Report of the Indian Hemp Drugs Commission, 1894-1895 - Volume III
Year: 1894
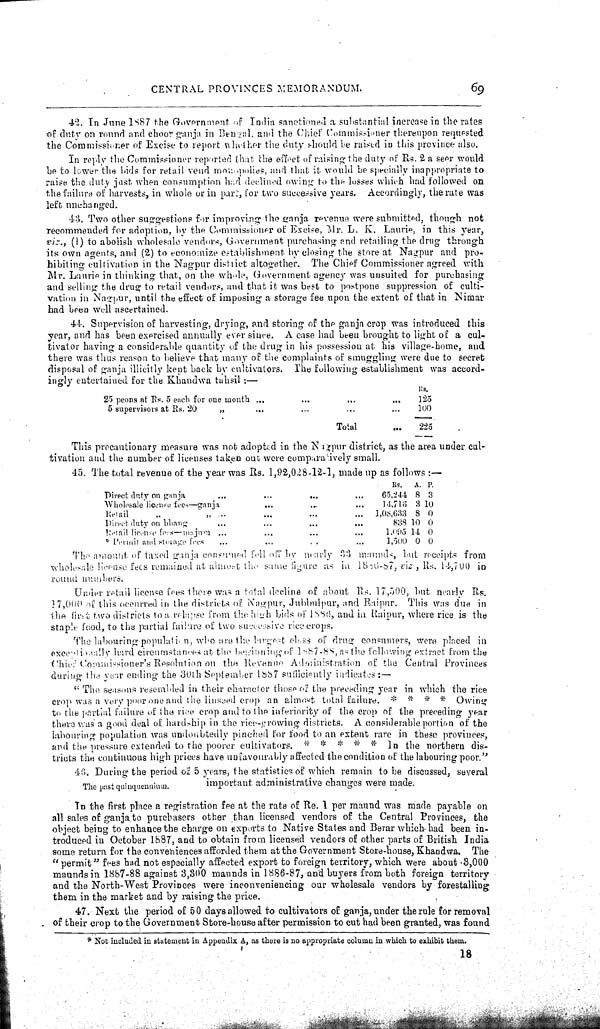
CENTRAL PROVINCES MEMORANDUM.
69
42. In June 1887 the Government of India sanctioned a substantial increase in the rates
of duty on round and choor ganja in Bengal, and the Chief Commissioner thereupon requested
the Commissioner of Excise to report whether the duty should be raised in this province also.
In reply the Commissioner reported that the effect of raising the duty of Rs. 2 a seer would
be to lower the bids for retail veud monopolies, and that it would be specially inappropriate to
raise the duty just when consumption had declined owing to the losses which had followed on
the failure of harvests, in whole or in pars, for two successive years. Accordingly, the rate was
left unchanged.
43. Two other suggestions for improving the ganja revenue were submitted, though not
recommended for adoption, by the Commissioner of Excise, Mr. L. K. Laurie, in this year,
viz., (1) to abolish wholesale vendors, Government purchasing and retailing the drug through
its own agents, and (2) to economize establishment by closing the store at Nagpur and pro-
hibiting cultivation in the Nagpur district altogether. The Chief Commissioner agreed with
Mr. Laurie in thinking that, on the whole, Government agency was unsuited for purchasing
and selling the drug to retail vendors, and that it was best to postpone suppression of culti-
vation in Nagpur, until the effect of imposing a storage fee upon the extent of that in Nimar
had been well ascertained.
44. Supervision of harvesting, drying, and storing of the ganja crop was introduced this
year, and has been exercised annually ever since. A case had been brought to light of a cul-
tivator having a considerable quantity of the drug in his possession at his village-home, and
there was thus reason to believe that many of the complaints of smuggling were due to secret
disposal of ganja illicitly kept back by cultivators. The following establishment was accord-
ingly entertained for the Khandwa tahsil:—
Rs.
25 peons at Rs. 5 each for one month
125
5 supervisors at Rs. 20
"
100
Total
225
This precautionary measure was not adopted in the Nagpur district, as the area under cul-
tivation and the number of licenses taken out were comparatively small.
45. The total revenue of the year was Rs. 1,92,028-12-1, made up as follows:—
Rs. A. P.
Direct duty on ganja
65,244 8 3
Whol esal e license fees—ganja
14,716 3 10
Retail
"
"
1,08,633 8 0
Direct duty on bhang
838 10 0
Retain license fees—majura
1,095 14 0
* Permit and storage fees
1,500 0 0
The amount, of taxed ganja consurmed tell off by nearly 33 maunds, but receipts from
wholesale licensa fees remained at almost the same figure as in. 1886-87, viz., Rs. 14,700 in
round numbers.
Under retail license fees there was a total decline of about Rs. 17,500, but nearly Rs.
17,000 of this occurred in the districts of Nagpur, Jubbulpur, and Raipur. This was due in
the first two districts to a relapse from the high bids of 1886, and in Raipur, where rice is the
staple food, to the partial failure of two successive rice crops.
The labouring populati- n, who are the Target class of drug consumers, were placed in
exceptionally hard circumstances at the beginning of 1887-88 as the following extract, from the
Chief Commissioner's Resolution on the Revenne Administration of the Central Provinces
during the year ending the 30th September 1887 sufficiently indicates:—
"The seasons resembled in their character those of the preceding year in which the rice
crop was a very poor one and the linseed crop an almost tolal failure. * * * * Owing
to the partial failure of the rice crop and to the inferiority of the crop of the preceding year
there was a good deal of hardship in the rice-growing districts. A considerable portion of the
labouring population was undoubtedly pinched for food to an extent rare in these provinces,
and the pressure extended to the poorer cultivators. * * * * * In the northern dis-
tricts the continuous high prices have unfavourably affected the condition of the labouring poor.""
The past qui nquenni um.
46. During the period of 5 years, the statistics of which remain to be discussed, several
important administrative changes were made.
In the first place a registration fee at the rate of Re. 1 per maund was made payable on
all sales of ganja to purchasers other than licensed vendors of the Central Provinces, the
object being to enhance the charge on exports to Native States and Berar which had been in-
troduced in October 1887, and to obtain from licensed vendors of other parts of British India
some return for the convehiences afforded them at the Government Store-house, Khandwa. The
"permit" fees had not especially affected export to foreign territory, which were about 3,000
maunds in 1887-88 against 3,800 maunds in 1886-87, and buyers from both foreign territory
and the North-West Provinces were inconveniencing our wholesale vendors by forestalling
them in the market and by raising the price.
47. Next the period of 50 days allowed to cultivators of ganja, under the rale for removal
of their crop to the Government Store-house after permission to cut had been granted, was found
* Not included in statement in Appendi x A, as there is no appropri ate col umn in whi ch to exhibit them.
18